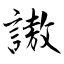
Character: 謸